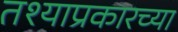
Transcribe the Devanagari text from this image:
तश्याप्रकारच्या